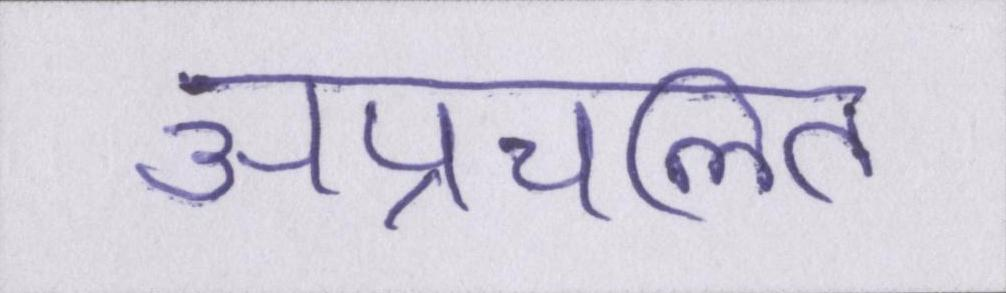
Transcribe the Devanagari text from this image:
अप्रचलित